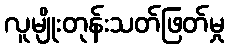
လူမျိုးတုန်းသတ်ဖြတ်မှု